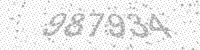
Solution: 987934